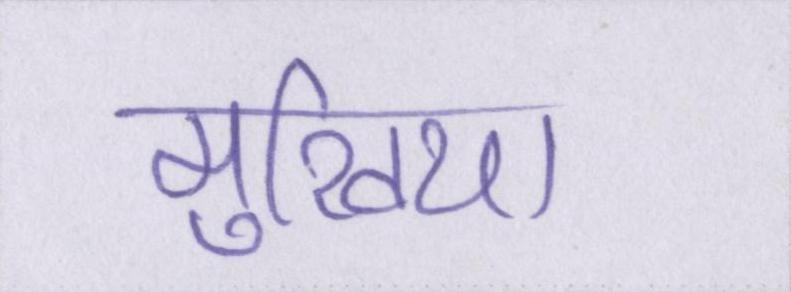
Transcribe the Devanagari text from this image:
मुखिया